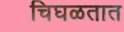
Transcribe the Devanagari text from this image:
चिघळतात